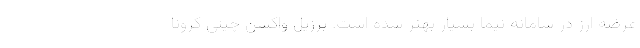
عرضه ارز در سامانه نیما بسیار بهتر شده است. برزيل واکسن چيني کرونا